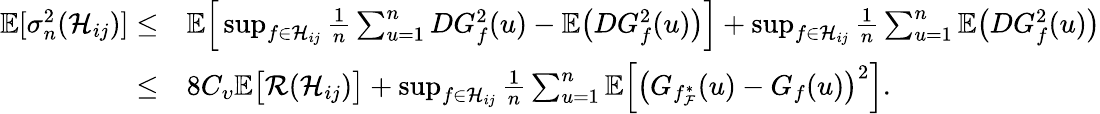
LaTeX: \begin{array}{rl}{\mathbb{E}[\sigma_{n}^{2}(\mathcal{H}_{ij})]\leq}&{\mathbb{E}\Big[\operatorname*{sup}_{f\in\mathcal{H}_{ij}}\frac{1}{n}\sum_{u=1}^{n}DG_{f}^{2}(u)-\mathbb{E}\big(DG_{f}^{2}(u)\big)\Big]+\operatorname*{sup}_{f\in\mathcal{H}_{ij}}\frac{1}{n}\sum_{u=1}^{n}\mathbb{E}\big(DG_{f}^{2}(u)\big)}\\ {\leq}&{8C_{\upsilon}\mathbb{E}\big[\mathcal{R}(\mathcal{H}_{ij})\big]+\operatorname*{sup}_{f\in\mathcal{H}_{ij}}\frac{1}{n}\sum_{u=1}^{n}\mathbb{E}\Big[\big(G_{f_{\mathcal{F}}^{*}}(u)-G_{f}(u)\big)^{2}\Big].}\end{array}